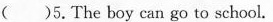
( )5. The boy can go to school.